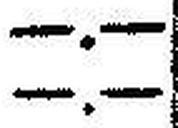
—.—